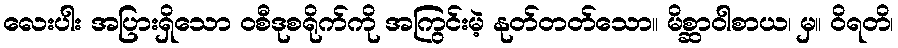
လေးပါး အပြားရှိသော ဝစီဒုစရိုက်ကို အကြွင်းမဲ့ နုတ်တတ်သော။ မိစ္ဆာဝါစာယ၊ မှ။ ဝိရတိ၊